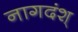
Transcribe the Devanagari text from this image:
नागदंश्